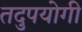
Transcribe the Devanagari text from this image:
तदुपयोगी